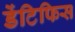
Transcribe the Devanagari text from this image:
डेंटिफिस